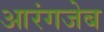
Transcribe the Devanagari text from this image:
आरंगजेब